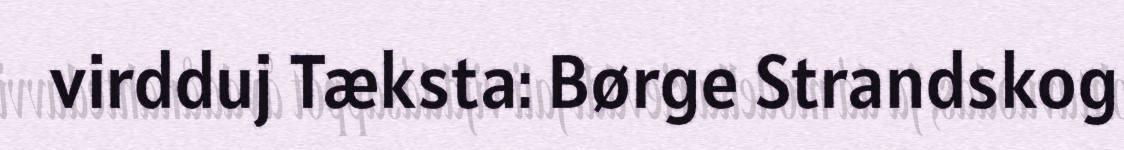
virdduj Tæksta: Børge Strandskog